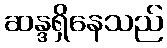
ဆန္ဒရှိနေသည်